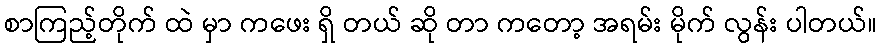
စာကြည့်တိုက် ထဲ မှာ ကဖေး ရှိ တယ် ဆို တာ ကတော့ အရမ်း မိုက် လွန်း ပါတယ်။